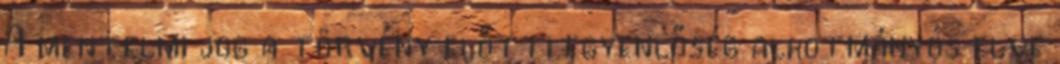
A mentelmi jog a törvény előtti egyenlőség alkotmányos elve